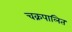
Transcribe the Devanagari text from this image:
चक्रपालित